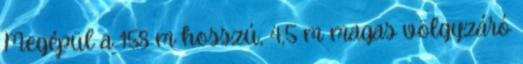
Megépül a 158 m hosszú, 4,5 m magas völgyzáró